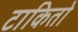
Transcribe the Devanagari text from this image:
टाकितो